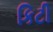
કિટી